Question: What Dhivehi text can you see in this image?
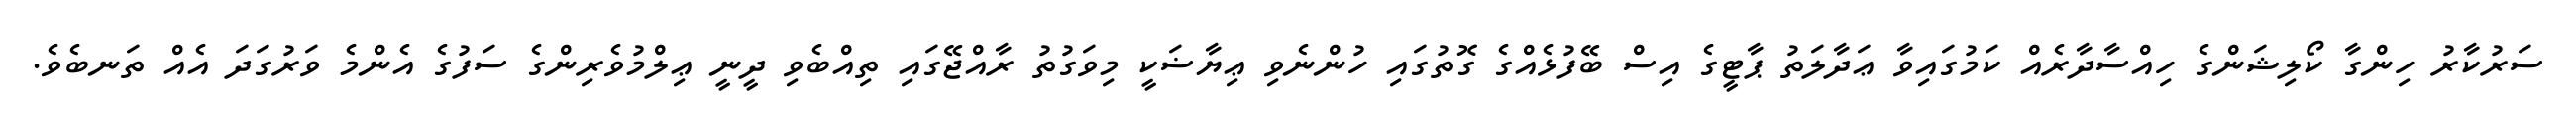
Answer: ސަރުކާރު ހިންގާ ކޯލިޝަންގެ ހިއްސާދާރެއް ކަމުގައިވާ ޢަދާލަތު ޕާޓީގެ އިސް ބޭފުޅެއްގެ ގޮތުގައި ހުންނެވި ޢިޔާޟަކީ މިވަގުތު ރާއްޖޭގައި ތިއްބެވި ދީނީ ޢިލްމުވެރިންގެ ސަފުގެ އެންމެ ވަރުގަދަ އެއް ތަނބެވެ.